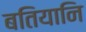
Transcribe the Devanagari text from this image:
बतियानि